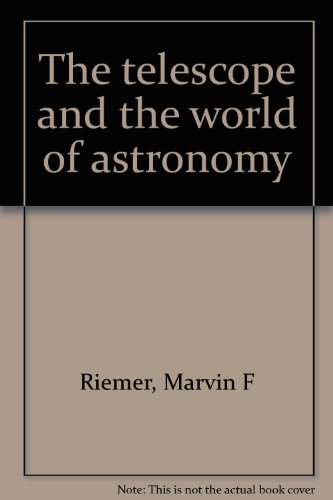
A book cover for The telescope and the world of astronomy; Marvin F Riemer; Science & Math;